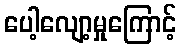
ပေါ့လျော့မှုကြောင့်